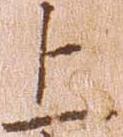
上